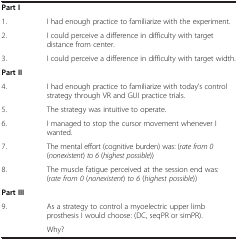
<table><thead><tr><td>[EMPTY_CELL]</td><td>[EMPTY_CELL]</td></tr></thead><tbody><tr><td><b>Part I</b></td><td>[EMPTY_CELL]</td></tr><tr><td>1.</td><td>I had enough practice to familiarize with the experiment.</td></tr><tr><td>2.</td><td>I could perceive a difference in difficulty with target distance from center.</td></tr><tr><td>3.</td><td>I could perceive a difference in difficulty with target width.</td></tr><tr><td><b>Part II</b></td><td>[EMPTY_CELL]</td></tr><tr><td>4.</td><td>I had enough practice to familiarize with today’s control strategy through VR and GUI practice trials.</td></tr><tr><td>5.</td><td>The strategy was intuitive to operate.</td></tr><tr><td>6.</td><td>I managed to stop the cursor movement whenever I wanted.</td></tr><tr><td>7.</td><td>The mental effort (cognitive burden) was: (<i>rate from 0</i> (<i>nonexistent</i>) <i>to 6</i> (<i>highest possible</i>))</td></tr><tr><td>8.</td><td>The muscle fatigue perceived at the session end was: (<i>rate from 0</i> (<i>nonexistent</i>) <i>to 6</i> (<i>highest possible</i>))</td></tr><tr><td><b>Part III</b></td><td>[EMPTY_CELL]</td></tr><tr><td rowspan="2">9.</td><td>As a strategy to control a myoelectric upper limb prosthesis I would choose: (DC, seqPR or simPR).</td></tr><tr><td>Why?</td></tr></tbody></table>